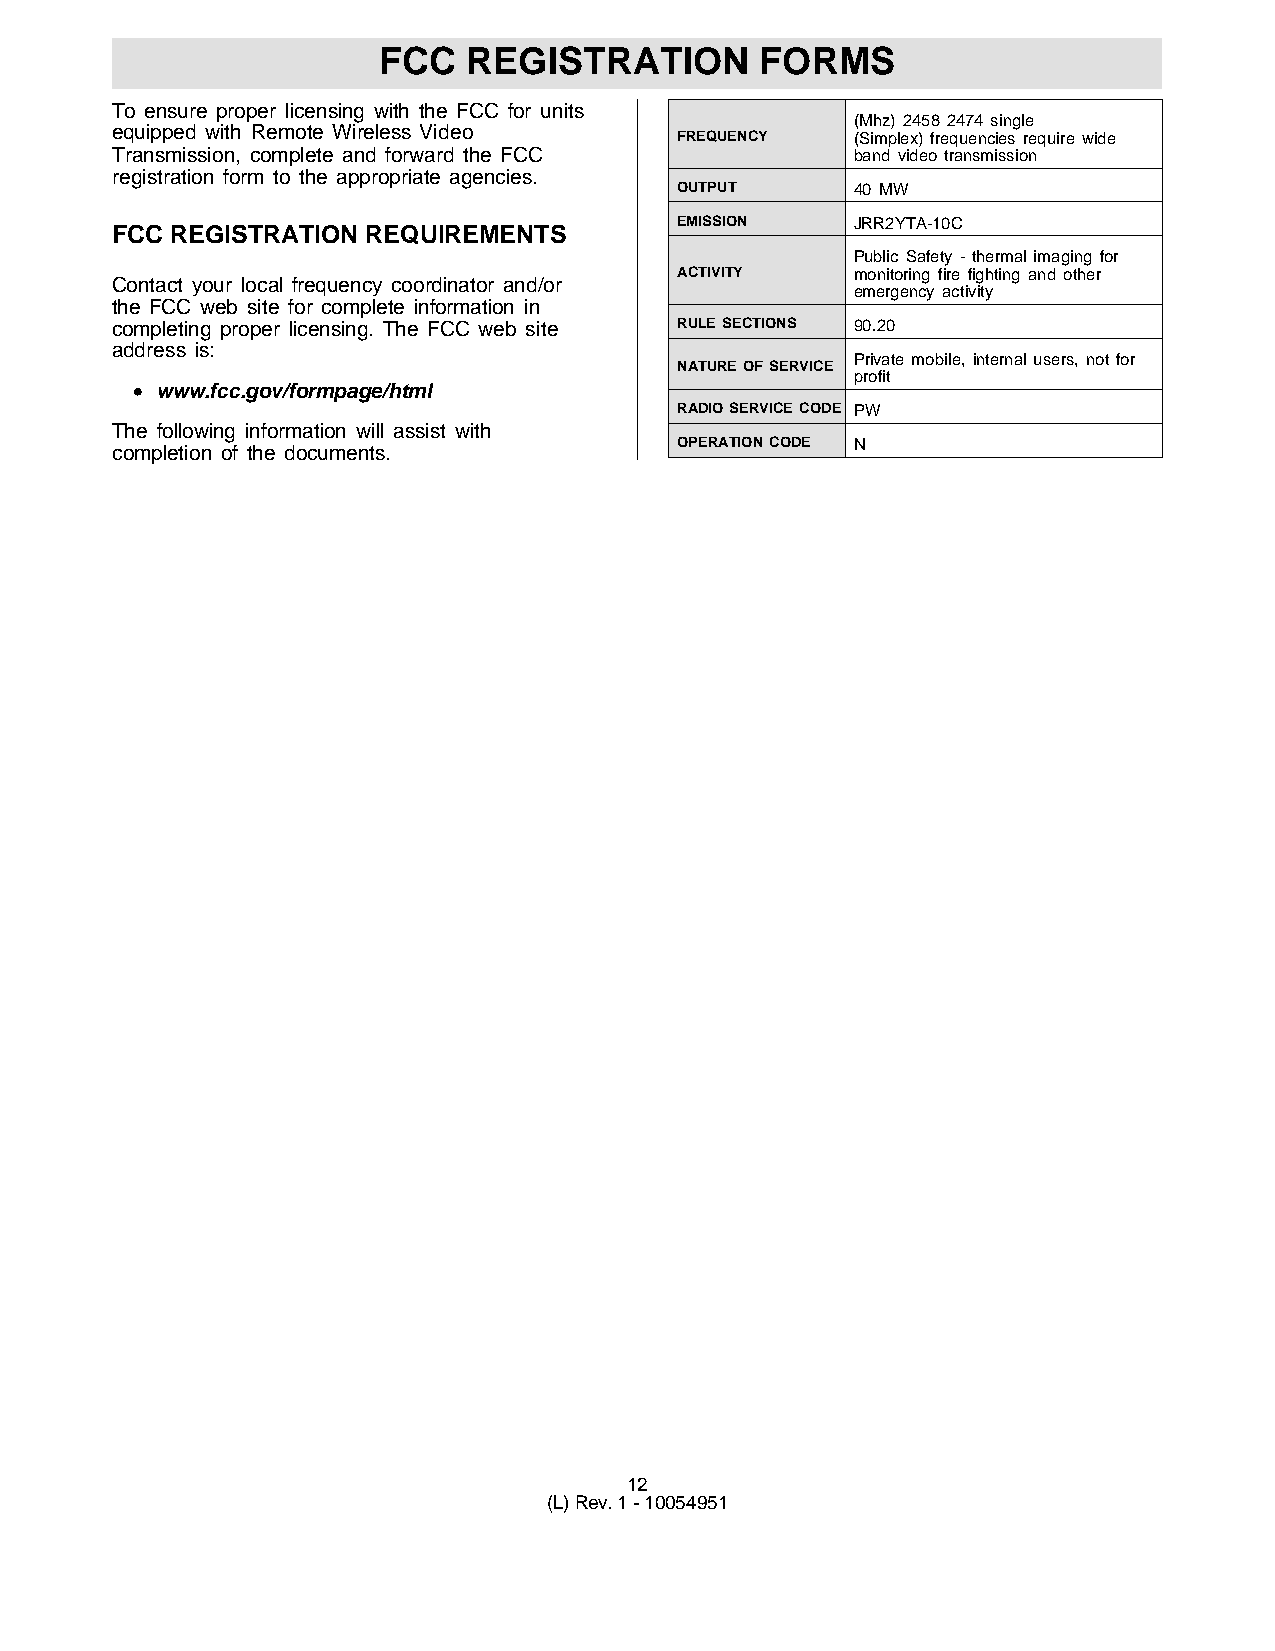
FCC   REGISTRATION       FORMS
 To ensure proper licensing with the FCC for units
 (Mhz) 2458 2474 single
 equipped with Remote Wireless Video   FREQUENCY   (Simplex) frequencies require wide
 Transmission, complete and forward the FCC        band video transmission
 registration form to the appropriate agencies.
 OUTPUT      40 MW
 EMISSION    JRR2YTA-10C
 FCC REGISTRATION REQUIREMENTS
 Public Safety - thermal imaging for
 ACTIVITY    monitoring fire fighting and other
 Contact your local frequency coordinator and/or
 emergency activity
 the FCC web site for complete information in
 completing proper licensing. The FCC web site RULE SECTIONS 90.20
 address is:
 Private mobile, internal users, not for
 NATURE OF SERVICE
 profit
 • www.fcc.gov/formpage/html
 RADIO SERVICE CODE PW
 The following information will assist with
 OPERATION CODE N
 completion of the documents.
 12
 (L) Rev. 1 - 10054951